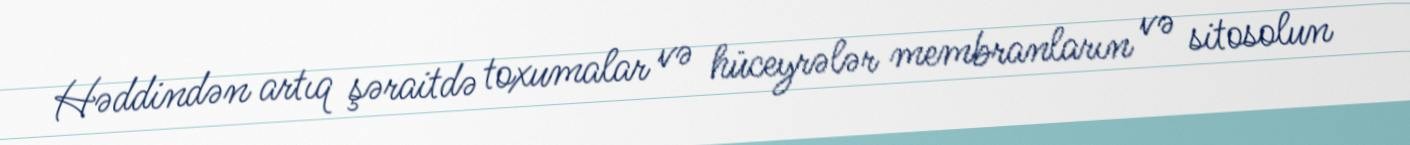
Həddindən artıq şəraitdə toxumalar və hüceyrələr membranların və sitosolun